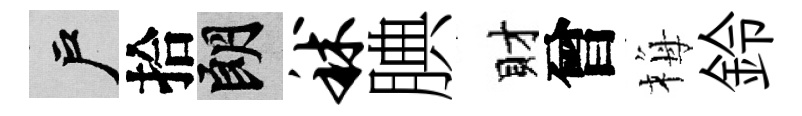
户拾朗秫腆財曾梅鈴